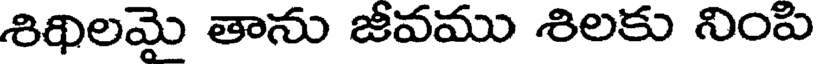
శిథిలమై తాను జీవము శిలకు నింపి